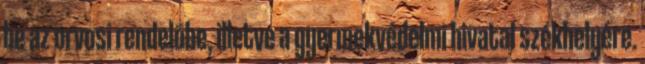
be az orvosi rendelõbe, illetve a gyermekvédelmi hivatal székhelyére.